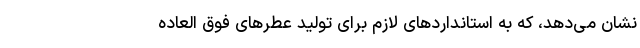
نشان می‌دهد، که به استانداردهای لازم برای تولید عطر‌های فوق العاده